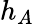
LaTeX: h_{A}